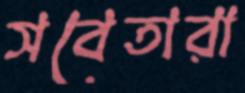
সবেতারা